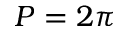
P = 2 \pi